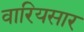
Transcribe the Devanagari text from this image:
वारियसार